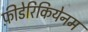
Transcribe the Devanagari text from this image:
फ़ीडेरिकियेनम